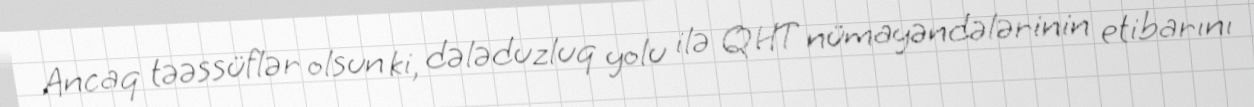
Ancaq təəssüflər olsun ki, dələduzluq yolu ilə QHT nümayəndələrinin etibarını